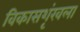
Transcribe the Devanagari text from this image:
विकासशृंखला